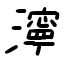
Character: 濘